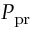
P _ { \mathrm { p r } }